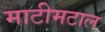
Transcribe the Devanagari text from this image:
माटीमटाल